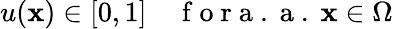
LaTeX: u(\mathbf{x})\in[0,1]\quad\mathrm{{~f~o~r~a~.~a~.~}}\mathbf{x}\in\Omega